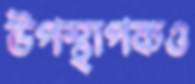
উপস্থাপকও